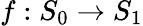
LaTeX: f:S_{0}\to S_{1}